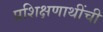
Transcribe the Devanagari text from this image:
प्रशिक्षणाथींची